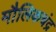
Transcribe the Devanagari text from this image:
मौलिकचंद्र